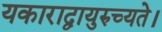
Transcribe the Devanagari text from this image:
यकाराद्वायुरुच्यते।